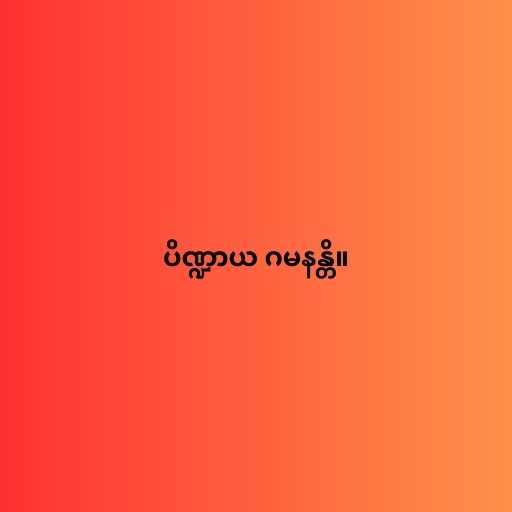
ပိဏ္ဍာယ ဂမနန္တိ။